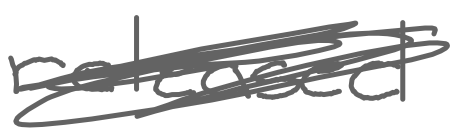
Text: released
Cross-out: scratch
Writing tool: digital_gray